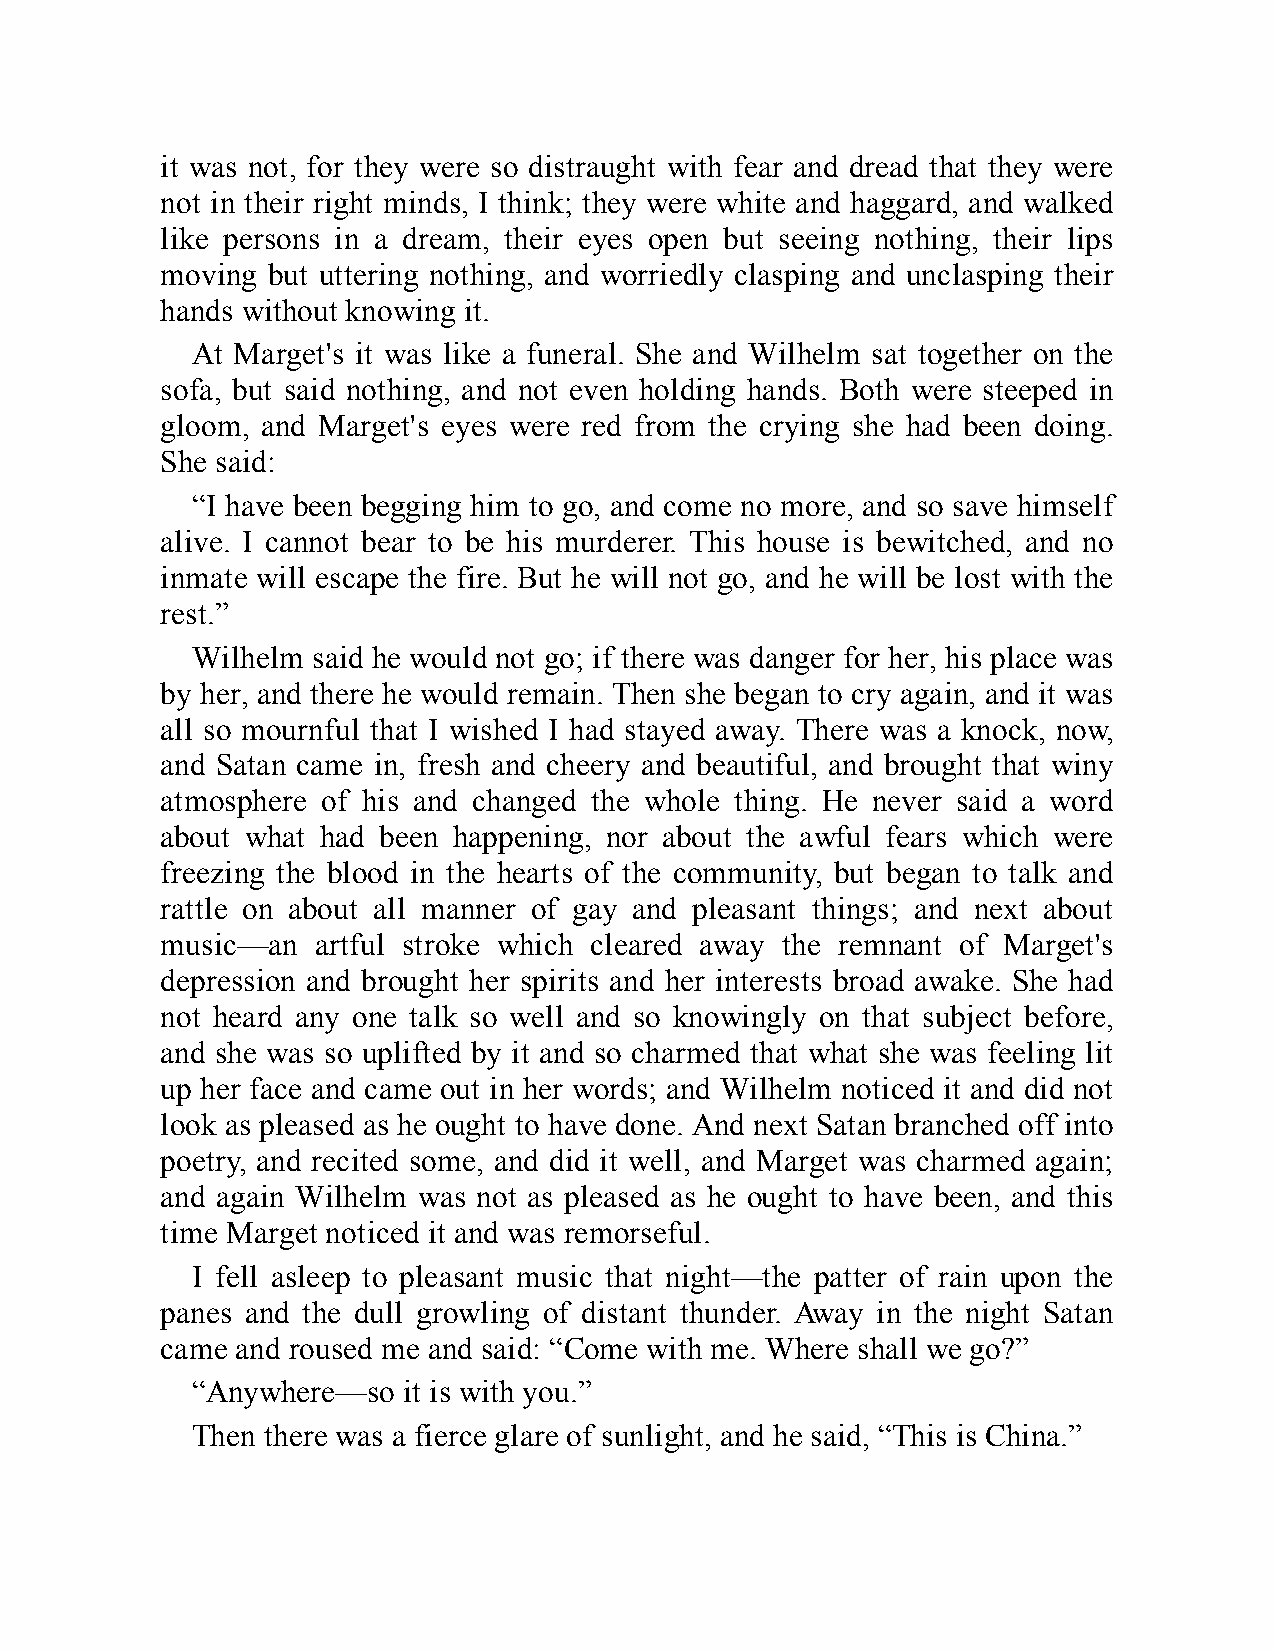
it was not, for they were so distraught with fear and dread that they were
 not in their right minds, I think; they were white and haggard, and walked
 like persons in a dream, their eyes open but seeing nothing, their lips
 moving but uttering nothing, and worriedly clasping and unclasping their
 hands without knowing it.
 At Marget's it was like a funeral. She and Wilhelm sat together on the
 sofa, but said nothing, and not even holding hands. Both were steeped in
 gloom, and Marget's eyes were red from the crying she had been doing.
 She said:
 “I have been begging him to go, and come no more, and so save himself
 alive. I cannot bear to be his murderer. This house is bewitched, and no
 inmate will escape the fire. But he will not go, and he will be lost with the
 rest.”
 Wilhelm said he would not go; if there was danger for her, his place was
 by her, and there he would remain. Then she began to cry again, and it was
 all so mournful that I wished I had stayed away. There was a knock, now,
 and Satan came in, fresh and cheery and beautiful, and brought that winy
 atmosphere of his and changed the whole thing. He never said a word
 about what had been happening, nor about the awful fears which were
 freezing the blood in the hearts of the community, but began to talk and
 rattle on about all manner of gay and pleasant things; and next about
 music—an  artful stroke which cleared away the remnant of Marget's
 depression and brought her spirits and her interests broad awake. She had
 not heard any one talk so well and so knowingly on that subject before,
 and she was so uplifted by it and so charmed that what she was feeling lit
 up her face and came out in her words; and Wilhelm noticed it and did not
 look as pleased as he ought to have done. And next Satan branched off into
 poetry, and recited some, and did it well, and Marget was charmed again;
 and again Wilhelm was not as pleased as he ought to have been, and this
 time Marget noticed it and was remorseful.
 I fell asleep to pleasant music that night—the patter of rain upon the
 panes and the dull growling of distant thunder. Away in the night Satan
 came and roused me and said: “Come with me. Where shall we go?”
 “Anywhere—so  it is with you.”
 Then there was a fierce glare of sunlight, and he said, “This is China.”